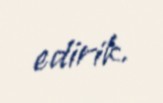
edirik.